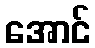
အောင်